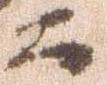
而